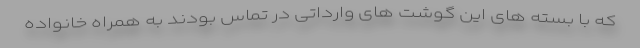
که با بسته های این گوشت های وارداتی در تماس بودند به همراه خانواده